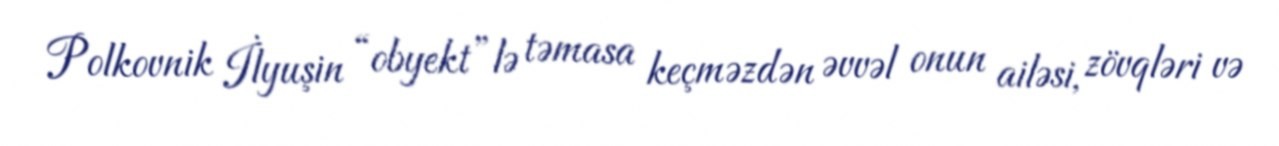
Polkovnik İlyuşin “obyekt”lə təmasa keçməzdən əvvəl onun ailəsi, zövqləri və